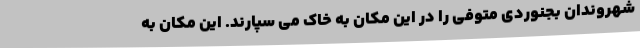
شهروندان بجنوردی متوفی را در این مکان به خاک می سپارند. این مکان به